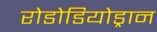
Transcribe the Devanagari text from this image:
रोडोडियोड्रान